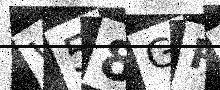
Text: W58GRN